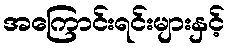
အကြောင်းရင်းများနှင့်